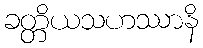
ခတ္တိယသဟဿာနိ